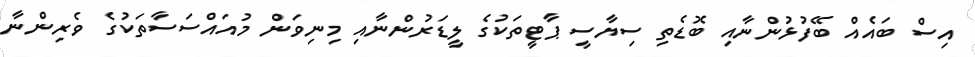
އިސް ބައެއް ބޭފުޅުންނާއި ބޮޑެތި ސިޔާސީ ޕާޓީތަކުގެ ލީޑަރުންނާއި މިނިވަން މުއައްސަސާތަކުގެ ވެރިންނާ